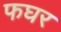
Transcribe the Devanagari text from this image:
फघर